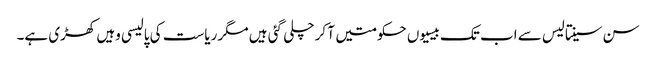
سن سینتالیس سے اب تک بیسیوں حکومتیں آ کر چلی گئی ہیں مگر ریاست کی پالیسی وہیں کھڑی ہے۔